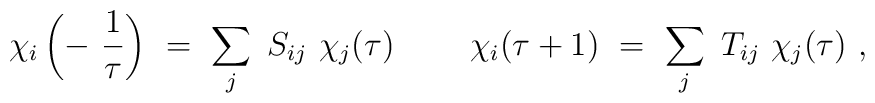
\chi_i \left(- \ {1 \over \tau}\right) \ = \ \sum_j \ S_{ij} \ \chi_j(\tau)\ \qquad\chi_i (\tau +1) \ = \ \sum_j \ T_{ij} \ \chi_j(\tau)  \ ,